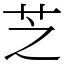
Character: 芝